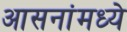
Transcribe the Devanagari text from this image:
आसनांमध्ये